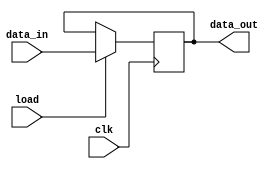
module register(data_in, load, clk, data_out);
   parameter N = 16;

   input [N-1:0] data_in;
   input 	 load, clk;
   output reg [N-1:0] data_out;

   //Returns the input if load is enabled when there is a positive edge of clock
   //Else it returns the previous output
   always @(posedge clk) begin
      if (load)
	data_out <= data_in;
      else
	data_out <= data_out;
   end
endmodule // register